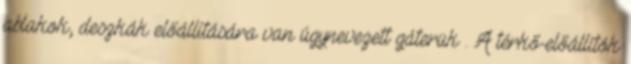
ablakok, deszkák előállítására van úgynevezett gáterük . A térkő-előállítók